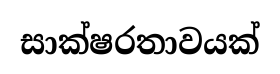
සාක්ෂරතාවයක්